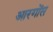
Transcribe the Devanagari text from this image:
आरगोंस